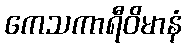
ကေသကာရီဝိမာနံ